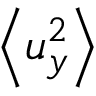
\left< u _ { y } ^ { 2 } \right>